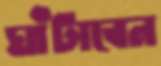
ঘাঁটাবেন